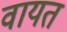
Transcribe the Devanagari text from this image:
वायत